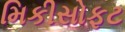
મિકીસોફટ